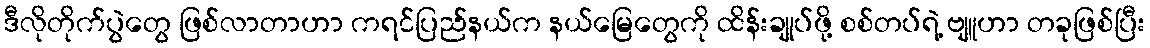
ဒီလိုတိုက်ပွဲတွေ ဖြစ်လာတာဟာ ကရင်ပြည်နယ်က နယ်မြေတွေကို ထိန်းချုပ်ဖို့ စစ်တပ်ရဲ့ ဗျူဟာ တခုဖြစ်ပြီး